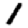
Digit: 1